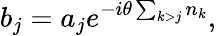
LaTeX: {b}_{j}={a}_{j}e^{-i\theta\sum_{k>j}{n}_{k}},